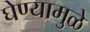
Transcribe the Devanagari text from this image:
घेण्यामुळे